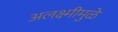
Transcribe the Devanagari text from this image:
अलक्ष्मीमुळे